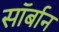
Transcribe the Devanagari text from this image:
सॉर्बान